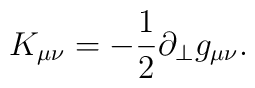
K_{\mu\nu}=-\frac{1}{2}\partial_ {\perp}g_{\mu\nu}.